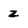
Character: z